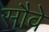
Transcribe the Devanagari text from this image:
सौवे